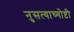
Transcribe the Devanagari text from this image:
नुसत्याच्गोष्टी